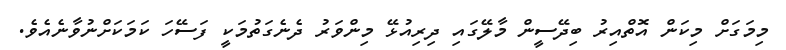
މިމަގަށް މިކަން އޮތްއިރު ބިދޭސީން މާލޭގައި ދިރިއުޅޭ މިންވަރު ދެނެގަތުމަކީ ފަސޭހަ ކަމަކަށްނުވާނެއެވެ.